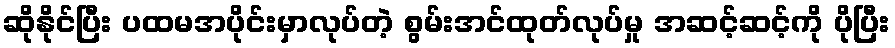
ဆိုနိုင်ပြီး ပထမအပိုင်းမှာလုပ်တဲ့ စွမ်းအင်ထုတ်လုပ်မှု အဆင့်ဆင့်ကို ပိုပြီး